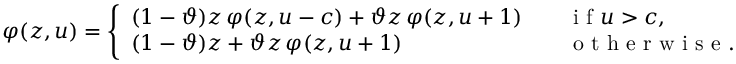
\varphi ( z , u ) = \left\{ \begin{array} { l l } { ( 1 - \vartheta ) z \, \varphi ( z , u - c ) + \vartheta z \, \varphi ( z , u + 1 ) \quad } & { \mathrm { ~ i ~ f ~ } u > c , } \\ { ( 1 - \vartheta ) z + \vartheta z \, \varphi ( z , u + 1 ) } & { \mathrm { ~ o ~ t ~ h ~ e ~ r ~ w ~ i ~ s ~ e ~ . ~ } } \end{array} \right.